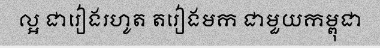
ល្អ ជារៀងរហូត តរៀងមក ជាមួយកម្ពុជា